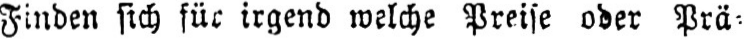
Finden sich für irgend welche Preise oder Prä⸗